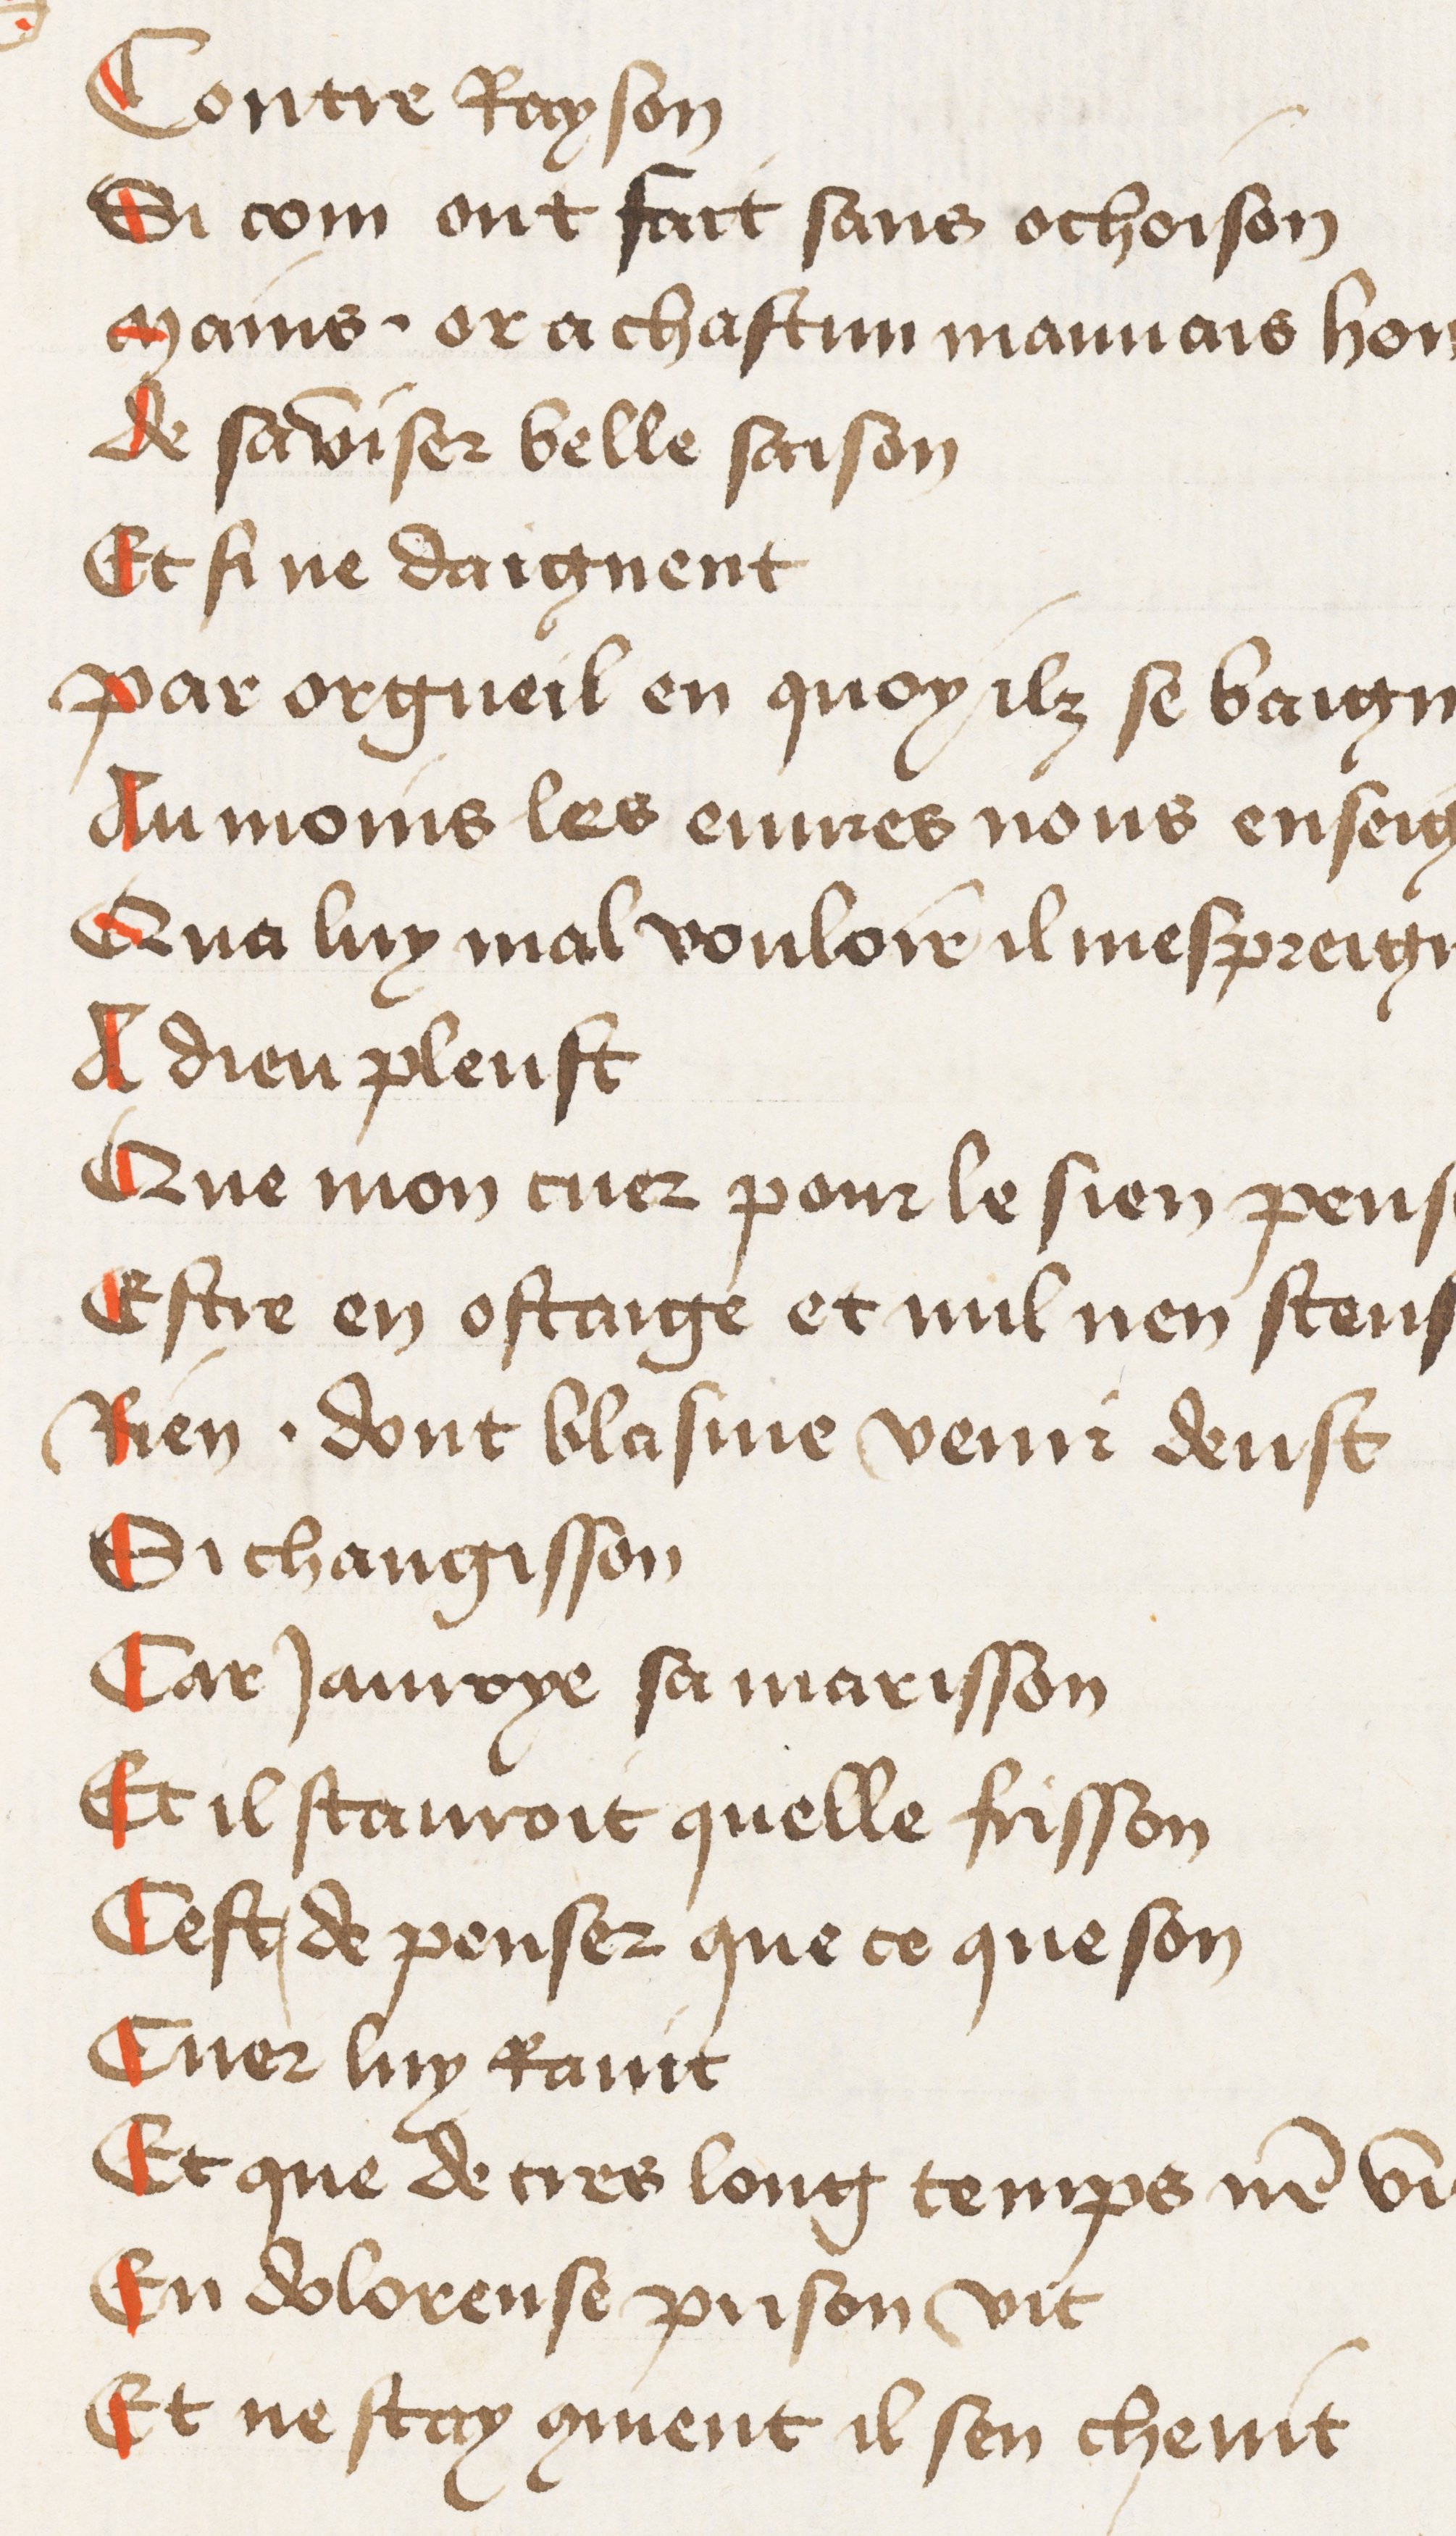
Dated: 1400–1449